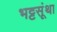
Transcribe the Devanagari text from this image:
भट्टसूंथा